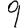
Digit: 9